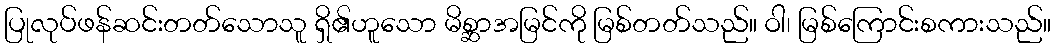
ပြုလုပ်ဖန်ဆင်းတတ်သောသူ ရှိ၏ဟူသော မိစ္ဆာအမြင်ကို မြစ်တတ်သည်။ ဝါ၊ မြစ်ကြောင်းစကားသည်။